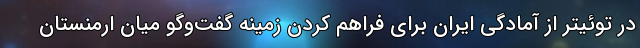
در توئیتر از آمادگی ایران برای فراهم کردن زمینه گفت‌وگو میان ارمنستان